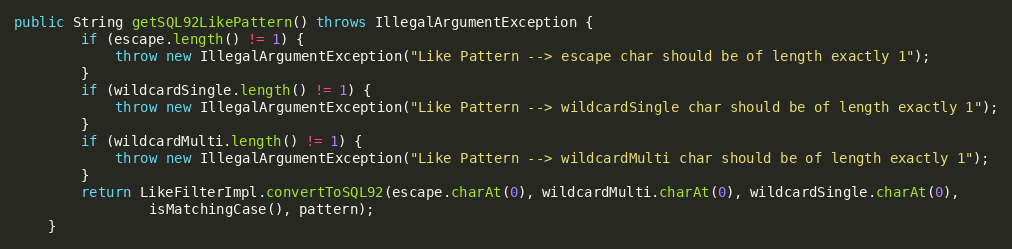
Language: Java
public String getSQL92LikePattern() throws IllegalArgumentException {
		if (escape.length() != 1) {
			throw new IllegalArgumentException("Like Pattern --> escape char should be of length exactly 1");
		}
		if (wildcardSingle.length() != 1) {
			throw new IllegalArgumentException("Like Pattern --> wildcardSingle char should be of length exactly 1");
		}
		if (wildcardMulti.length() != 1) {
			throw new IllegalArgumentException("Like Pattern --> wildcardMulti char should be of length exactly 1");
		}
		return LikeFilterImpl.convertToSQL92(escape.charAt(0), wildcardMulti.charAt(0), wildcardSingle.charAt(0),
				isMatchingCase(), pattern);
	}